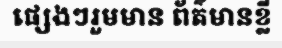
ផ្សេងៗរួមមាន ព័ត៌មានខ្លី